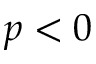
p < 0